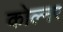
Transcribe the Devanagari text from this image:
कोल्नर